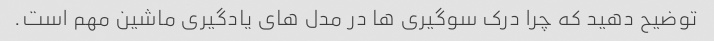
توضیح دهید که چرا درک سوگیری ها در مدل های یادگیری ماشین مهم است.